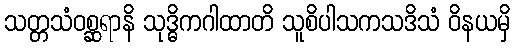
သတ္တသံဝစ္ဆရာနိ သုဒ္ဓိကဂါထာတိ သူစိပါသကသဒိသံ ဝိနယမှိ